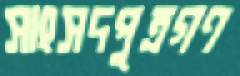
সাংসদপুত্রগণ